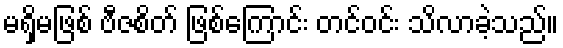
မရှိမဖြစ် ဗီဇစိတ် ဖြစ်ကြောင်း တင်ဝင်း သိလာခဲ့သည်။